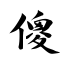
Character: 傻